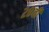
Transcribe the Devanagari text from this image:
२८वीं